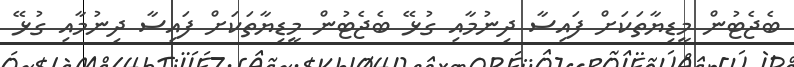
ބެޖެޓުން މީޑިޔާތަކަށް ފައިސާ ދިނުމާއި ގުޅޭ ބެޖެޓުން މީޑިޔާތަކަށް ފައިސާ ދިނުމާއި ގުޅޭ